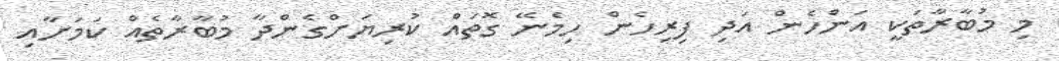
މި މުބާރާތަކީ އަންހެން އަދި ފިރިހެން ހިމެނޭ ގޮތައް ކުރިޔަށްގެންދާ މުބާރާތެއް ކަމަށާއި